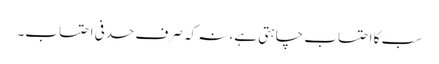
سب کا احتساب چاہتی ہے، نہ کہ صرف حدفی احتساب۔